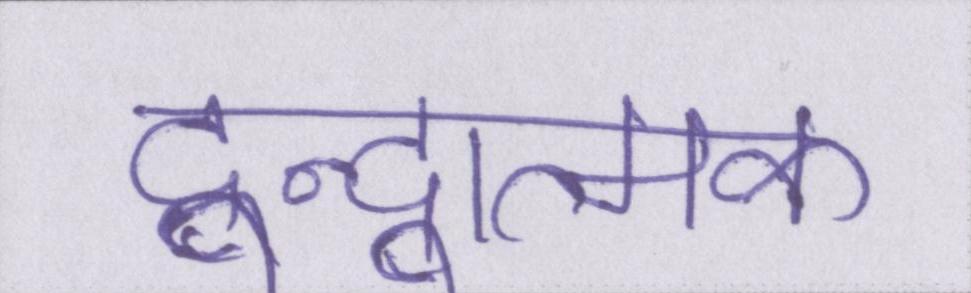
द्वन्द्वात्मक